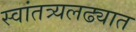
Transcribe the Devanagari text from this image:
स्वांतत्र्यलढ्यात